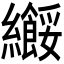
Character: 𫄑